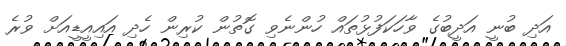
އަދި ބުނީ އަދީބުގެ ވާހަކަފުޅުތައް ހުންނެވި ގޮތުން ކުރިން ހެދި އައިއީޑީއަށް ވުރެ